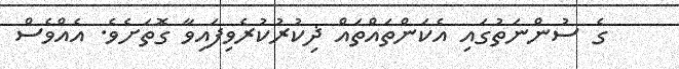
ގެ ސުންނަތުގައި އެކަންތައްތައް ޛިކުރުކުރެވިފައިވާ ގޮތަށެވެ. އެއްވެސް